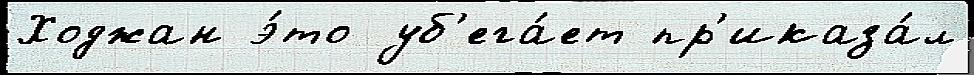
Ходжан э́то уб'ега́ет пр'иказа́л